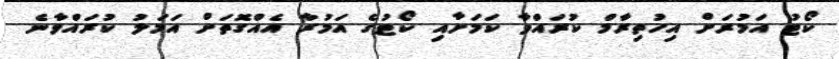
ކޯޓު އަމުރަށް އިހުތިރާމް ކުރައްވާ ކަމަށާއި ކޯޓުގެ އަމުރާ އެއްގޮތަށް އަމަލު ކުރައްވާނެ